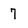
Character: 7